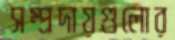
সম্প্রদায়গুলোর